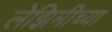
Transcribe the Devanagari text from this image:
लेझिमीच्या